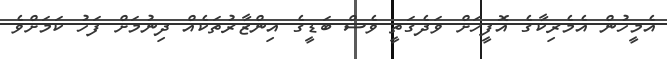
އެމީހުން އެމެރިކާގެ އޮފީހަށް ވަދެގަތީ ވެސް ބަޑީގެ އިންޒާރުތަކެއް ދިނުމަށް ފަހު ކަމަށްވެ